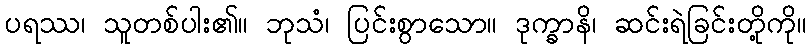
ပရဿ၊ သူတစ်ပါး၏။ ဘုသံ၊ ပြင်းစွာသော။ ဒုက္ခာနိ၊ ဆင်းရဲခြင်းတို့ကို။